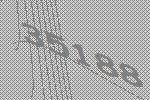
35188